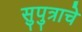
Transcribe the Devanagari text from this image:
सुपुत्राचे